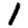
Digit: 1